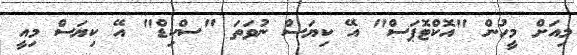
މިއަށް މީހުން "އޮކްޓޮޕަސް" އޭ ކިޔަސް ނުވަތަ "ސްކިޑް" އޭ ކިޔަސް މިއީ